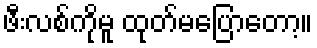
ဖီးလစ်ကိုမူ ထုတ်မပြောတော့။